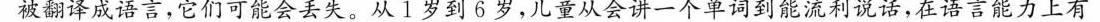
被翻译成语言，它们可能会丢失。从1岁到6岁，儿童从会讲一个单词到能流利说话，在语言能力上有